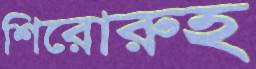
শিরোরুহ